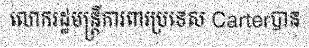
លោករដ្ឋមន្ត្រីការពារប្រទេស Carterបាន